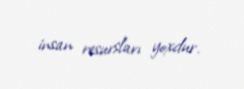
insan resursları yoxdur.